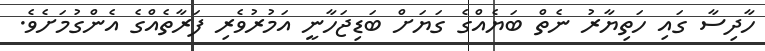
ހާދިސާ ގައި ހަތިޔާރު ނެތް ބަޔެއްގެ ގަޔަށް ބަޑިޖަހާނީ އަމުރުވެރި ފަރާތެއްގެ އެންގުމަށެވެ.